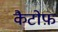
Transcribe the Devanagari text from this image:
कैटोफ़